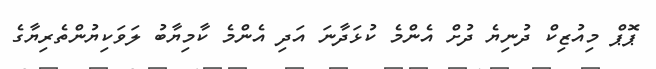
ޕޮޕް މިއުޒިކް ދުނިޔެ ދުށް އެންމެ ކުޅަދާނަ އަދި އެންމެ ކާމިޔާބު ލަވަކިޔުންތެރިޔާގެ